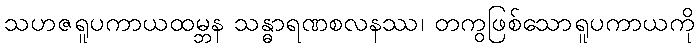
သဟဇရူပကာယထမ္ဘန သန္ဓာရဏစလနဿ၊ တကွဖြစ်သောရူပကာယကို